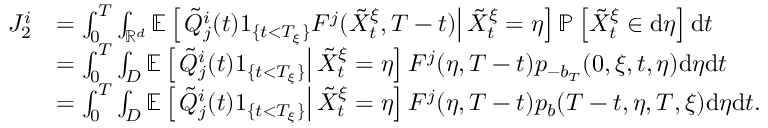
\begin{array} { r l } { J _ { 2 } ^ { i } } & { = \int _ { 0 } ^ { T } \int _ { \mathbb { R } ^ { d } } \mathbb { E } \left[ \left. \tilde { Q } _ { j } ^ { i } ( t ) 1 _ { \{ t < T _ { \xi } \} } F ^ { j } ( \tilde { X } _ { t } ^ { \xi } , T - t ) \right| \tilde { X } _ { t } ^ { \xi } = \eta \right] \mathbb { P } \left[ \tilde { X } _ { t } ^ { \xi } \in \mathrm { d } \eta \right] \mathrm { d } t } \\ & { = \int _ { 0 } ^ { T } \int _ { D } \mathbb { E } \left[ \left. \tilde { Q } _ { j } ^ { i } ( t ) 1 _ { \{ t < T _ { \xi } \} } \right| \tilde { X } _ { t } ^ { \xi } = \eta \right] F ^ { j } ( \eta , T - t ) p _ { - b _ { T } } ( 0 , \xi , t , \eta ) \mathrm { d } \eta \mathrm { d } t } \\ & { = \int _ { 0 } ^ { T } \int _ { D } \mathbb { E } \left[ \left. \tilde { Q } _ { j } ^ { i } ( t ) 1 _ { \{ t < T _ { \xi } \} } \right| \tilde { X } _ { t } ^ { \xi } = \eta \right] F ^ { j } ( \eta , T - t ) p _ { b } ( T - t , \eta , T , \xi ) \mathrm { d } \eta \mathrm { d } t . } \end{array}